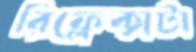
রিফ্লেক্সটা